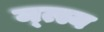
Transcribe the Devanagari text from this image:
म्त्स्य